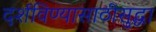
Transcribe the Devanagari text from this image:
दर्शविण्यासाठीसुद्धा